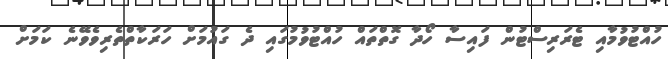
ހުއްޓުވުމާއި ޓެރަރިސްޓުން ފައިސާ ހޯދާ ގޮތްތައް ހުއްޓުވުމުގައި ދެ ގައުމަށް ހަރަކާތްތެރިވެވޭނެ ކަމަށް